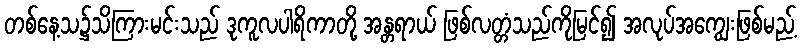
တစ်နေ့သ၌သိကြားမင်းသည် ဒုကူလပါရိကာတို့ အန္တရာယ် ဖြစ်လတ္တံသည်ကိုမြင်၍ အလုပ်အကျွေးဖြစ်မည့်